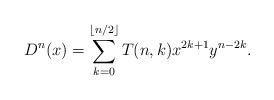
LaTeX: \begin{align*}D^n(x)=\sum_{k=0}^{\lfloor n/2\rfloor} T(n,k) x^{2k+1}y^{n-2k}.\end{align*}